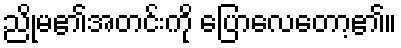
ညိုမ၏အတင်းကို ပြောလေတော့၏။